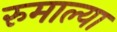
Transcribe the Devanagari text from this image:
रुमाल्या